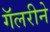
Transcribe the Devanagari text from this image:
गॅलरीने